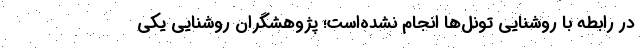
در رابطه با روشنایی تونل‌ها انجام نشده‌است؛ پژوهشگران روشنایی یکی